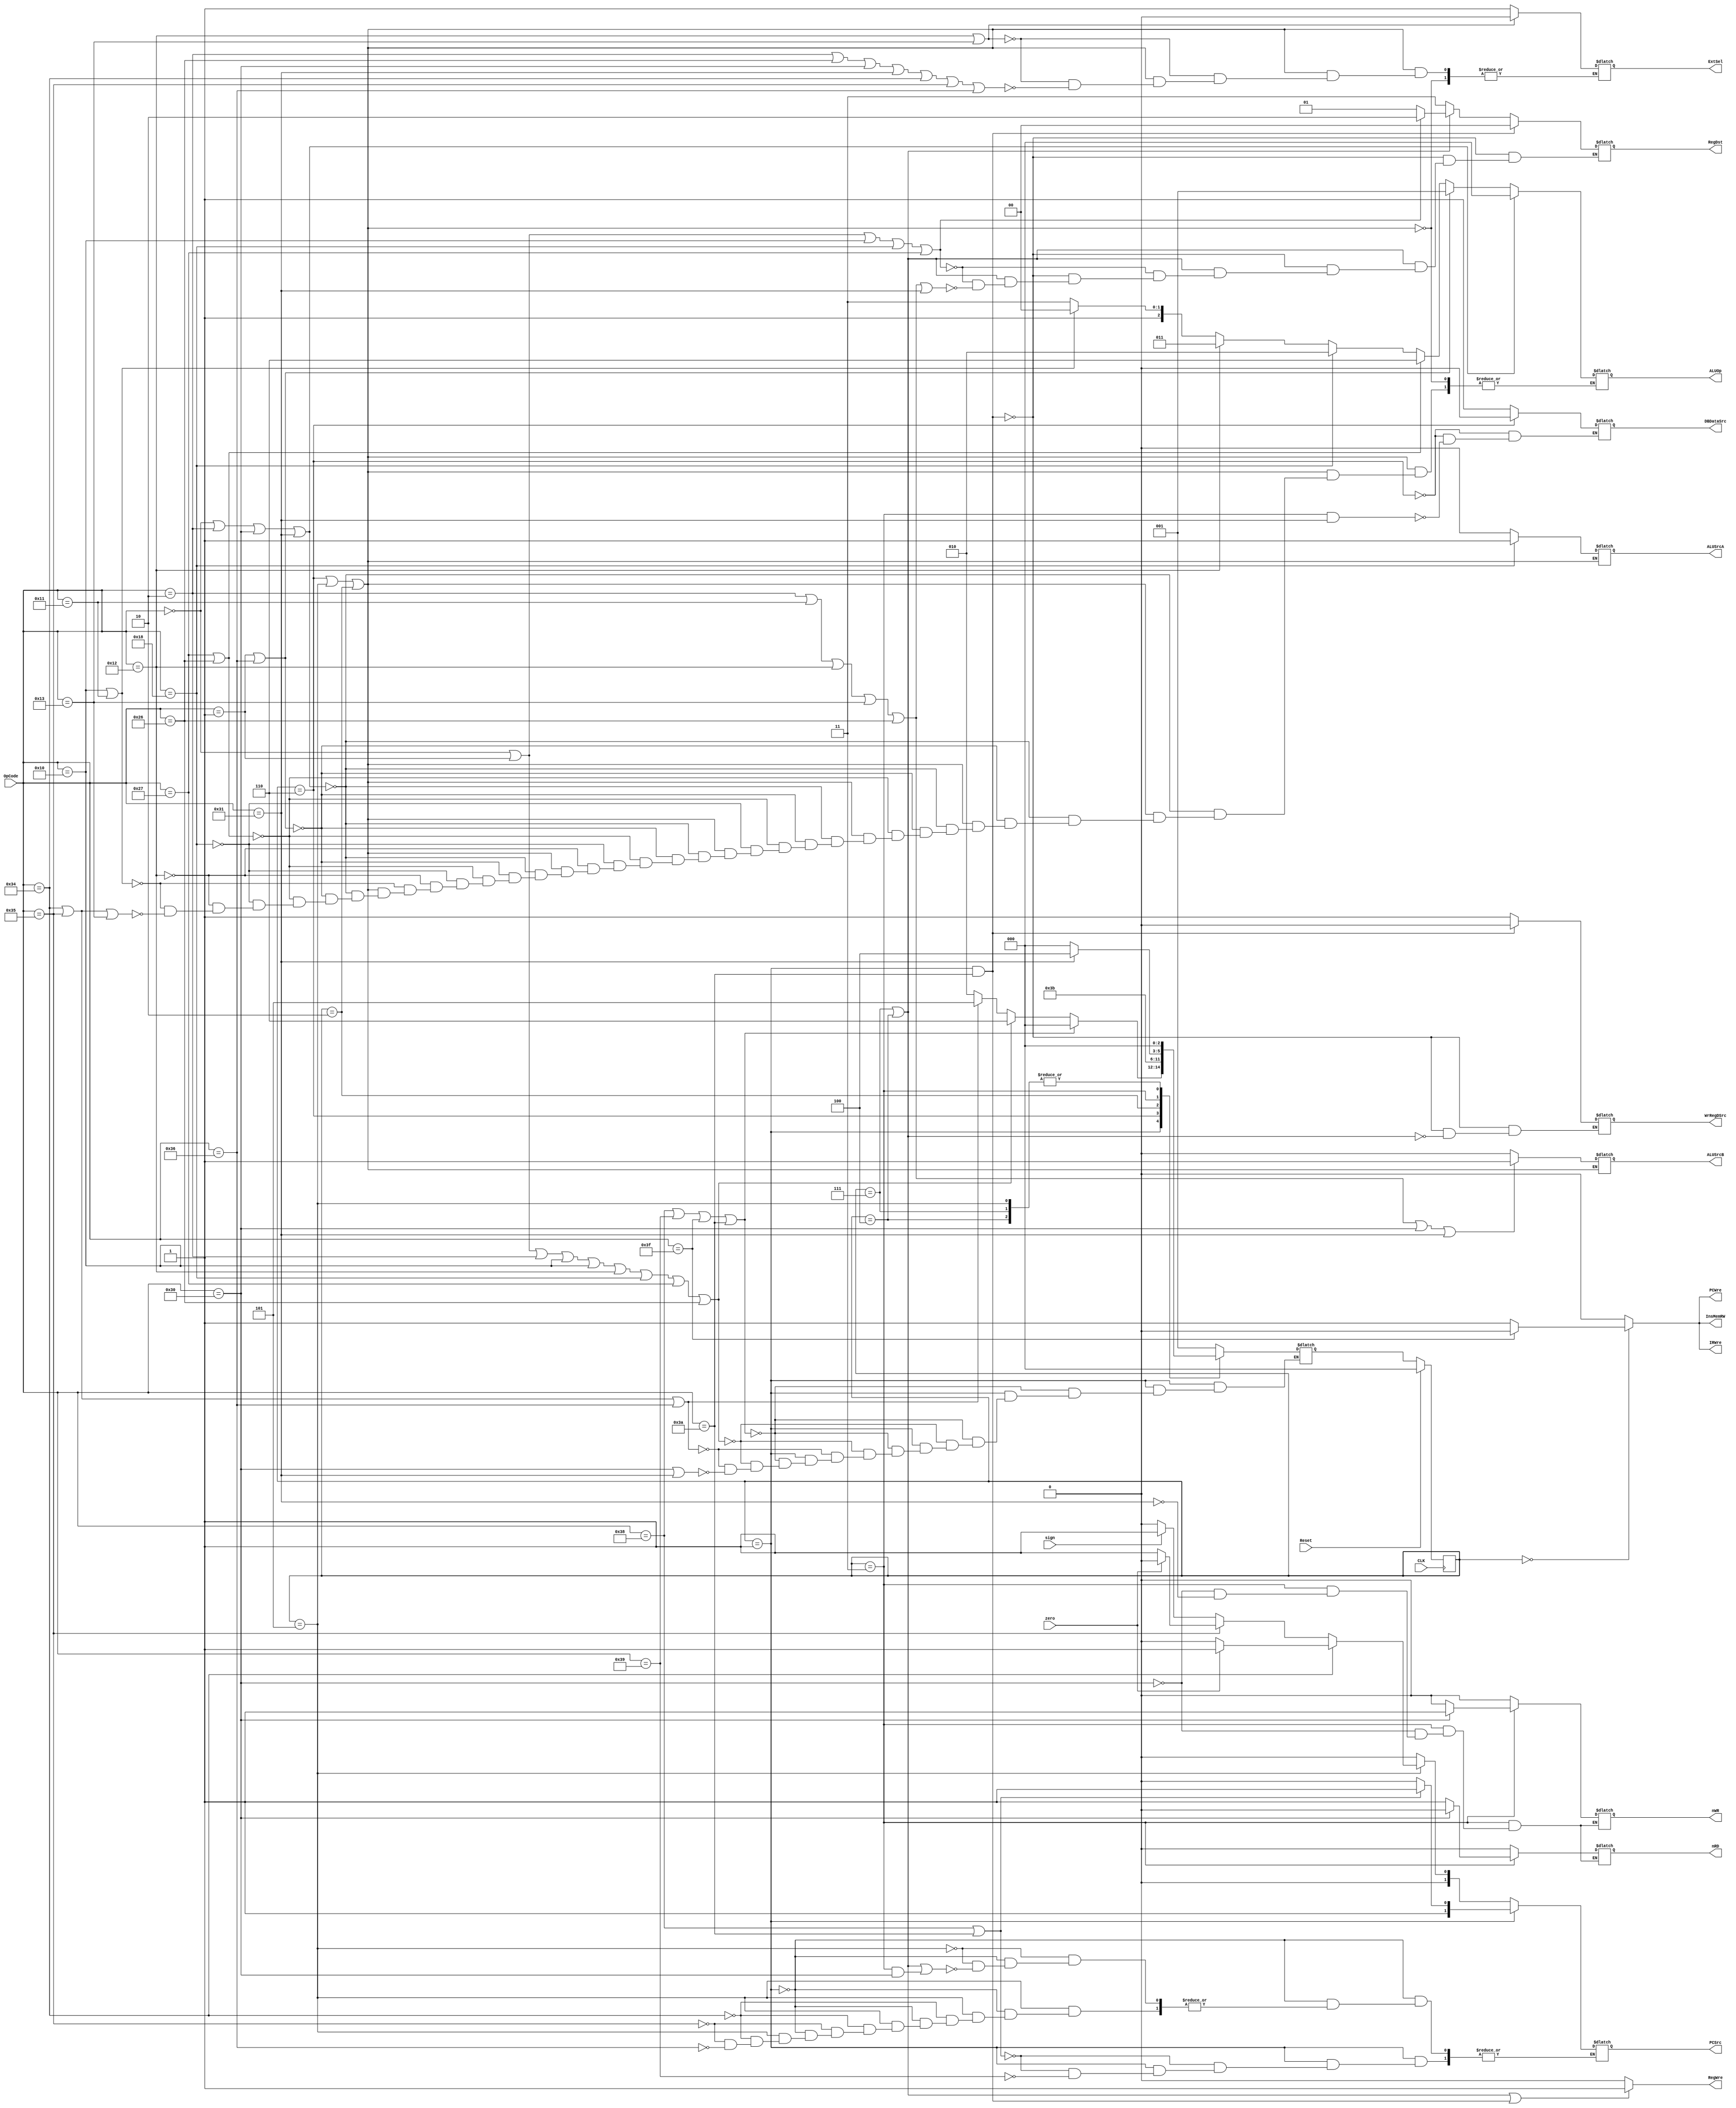
`timescale 1ns / 1ps
//////////////////////////////////////////////////////////////////////////////////
// Company: 
// Engineer: 
// 
// Design Name: 
// Module Name: CU
// Project Name: 
// Target Devices: 
// Tool Versions: 
// Description: 
// 
// Dependencies: 
// 
// Revision:
// Revision 0.01 - File Created
// Additional Comments:
// 
//////////////////////////////////////////////////////////////////////////////////



module CU(CLK, Reset, OpCode, sign, zero, PCWre, ExtSel, InsMemRW, IRWre, WrRegDSrc,
			RegDst, RegWre, DBDataSrc, nWR, nRD, ALUSrcB, ALUSrcA, PCSrc, ALUOp);
			
	input CLK, Reset;
	input [5:0] OpCode;
	input sign, zero;
	
	output reg PCWre, ExtSel, InsMemRW, IRWre, WrRegDSrc;
	output reg [1:0] RegDst;
	output reg RegWre, DBDataSrc, nWR, nRD, ALUSrcB, ALUSrcA;
	output reg [1:0] PCSrc;
	output reg [2:0] ALUOp;

    // 
    parameter [5:0] add = 6'b000000,
                    sub = 6'b000001,
                    addiu = 6'b000010,
                    Or = 6'b010000,
                    And = 6'b010000,
                    ori = 6'b010010,
                    andi = 6'b010001,
                    xori = 6'b010011,
                    sll = 6'b011000,
                    slt = 6'b100111,
                    slti = 6'b100110,
                    sw = 6'b110000,
                    lw = 6'b110001,
                    beq = 6'b110100,
                    bne = 6'b110101,
                    //bgtz = 
                    bltz = 6'b110110,
                    j = 6'b111000,  
                    jr = 6'b111001,
                    jal = 6'b111010,
                    halt = 6'b111111;

    // 
    parameter [2:0] sIF = 3'b000, 
					sID = 3'b001, 
					aEXE = 3'b110,
					bEXE = 3'b101,
					cEXE = 3'b010,
					aWB = 3'b111,
					cWB = 3'b100, 
					cMEM = 3'b011;

    reg [2:0] curState, nextState;
    
    always@(negedge CLK) begin  // 
        if(Reset)
            curState <= sIF;
        else
            curState <= nextState;
    end
    
    always@(curState or OpCode) begin  // nextStateCPU
        case(curState)
            sIF: nextState = sID;
            sID: begin
                    if(OpCode == j || OpCode == jr || OpCode == halt || OpCode == jal)
                        nextState = sIF;
                    else if(OpCode == add || OpCode == sub || OpCode == addiu || OpCode == Or ||
						OpCode == And || OpCode == ori || OpCode == sll || OpCode ==slt ||
						OpCode == slti)
						nextState = aEXE;
					else if(OpCode == beq || OpCode == bne || OpCode == bltz)
					    nextState = bEXE;
					else if(OpCode == sw || OpCode == lw)
                        nextState = cEXE;
                 end
		    aEXE: nextState = aWB;
		    bEXE: nextState = sIF;
		    cEXE: nextState = cMEM;
            aWB: nextState = sIF;
            cMEM: begin
                      if(OpCode == lw)
                          nextState = cWB; // lw  
                      else
                          nextState = sIF; // sw  
                  end
            cWB: nextState = sIF;
            default: nextState = sIF;
        endcase
    end
    
    always @(curState or OpCode or zero or sign) begin
        // PCWre, InsMemRW, IRWre
        if(curState == sIF /*&& OpCode != halt*/) begin
            //,
            if(OpCode == halt) begin
                PCWre = 0; InsMemRW = 0; IRWre = 0;
            end
            else begin
                PCWre = 1; InsMemRW = 1; IRWre = 1;
            end
        end
        else begin
            PCWre = 0; InsMemRW = 0; IRWre = 0;
        end
        
        // ExtSel  
        if(curState == aEXE || curState == bEXE || curState == cEXE) begin
	        if(OpCode == ori || OpCode == ori || OpCode == xori)
	            ExtSel = 0;
	        else if(OpCode == addiu || OpCode == slti || OpCode == sw || OpCode == lw ||
					OpCode == beq || OpCode == bne || OpCode == bltz)
	            ExtSel = 1;  
        end
            
        // WrRegDSrc 
        if(curState == sID && OpCode == jal) WrRegDSrc = 0;
        else if(curState == aWB || curState == cWB)
	        WrRegDSrc = 1;  
        
        // RegDst 
        if(curState == sID && OpCode == jal) RegDst = 2'b00;
        else if(curState == aWB || curState == cWB) begin
            if(OpCode == add || OpCode == sub ||
				OpCode == And || OpCode == sll || OpCode == slt)
				RegDst = 2'b10;
			else if(OpCode == addiu || OpCode == andi || OpCode == ori || OpCode == xori || 
			         OpCode == slti || OpCode == lw)
				RegDst = 2'b01;
			//else if(OpCode == jal) RegDst = 2'b00;
        end
        else RegDst = 2'b11;
            
        // RegWre  
        if(curState == aWB || curState == cWB || (curState == sID && OpCode == jal))
            RegWre = 1;  
        else
            RegWre = 0;  
        
        // DBDataSrc  
        if(curState == aEXE) begin
				DBDataSrc = 0;
        end
        else if(curState == cMEM && OpCode == lw)
            DBDataSrc = 1; 
        
        
        //nRD, nWR 
        if(curState == cMEM) begin
        	if(OpCode == sw) begin
            	nWR = 1; nRD = 0; 
            end
			else if(OpCode == lw) begin
            	nWR = 0; nRD = 1; 
            end
		end	 
        else begin
            nWR = 0; nRD = 0;
        end
        
        // ALUSrcB 
		if(curState == aEXE || curState == bEXE || curState == cEXE) begin 
	        if(OpCode == addiu || OpCode == andi || OpCode == ori || OpCode == xori || OpCode == slti || OpCode == sw || OpCode == lw)
	            ALUSrcB = 1;  
	        else
	            ALUSrcB = 0;
        end
        
        
        if(curState == aEXE || curState == bEXE || curState == cEXE) begin
	        if(OpCode == sll)
	            ALUSrcA = 1;  
	        else
	            ALUSrcA = 0;
        end
        
        // PCSrc  
        if(curState == sID) begin
        	if(OpCode == j || OpCode == jal)
        		PCSrc = 2'b11;
        	else if(OpCode == jr)
        		PCSrc = 2'b10;
        end
        else if(curState == bEXE) begin
        	if(OpCode == beq)
        		PCSrc = (zero == 0 ? 2'b00 : 2'b01);
        	else if(OpCode == bne)
        		PCSrc = (zero == 0 ? 2'b01 : 2'b00);
        	else if(OpCode == bltz) begin
        		if(sign == 1)
        			PCSrc = 2'b01;
        		else PCSrc = 2'b00;
        	end
        end
        else if( (curState == aWB||curState == cWB) || (curState == cMEM && OpCode == sw))
        	PCSrc = 2'b00;
        //else if(curState == sWB && OpCode == jal)
        	//PCSrc = 2'b11;
        
        // ALUOp 
		if(curState == aEXE || curState == bEXE || curState == cEXE) begin
			if(OpCode == add || OpCode == addiu || OpCode == sw || OpCode == lw)
				ALUOp = 3'b000;//a+b
			else if(OpCode == sub || OpCode == bltz)
				ALUOp = 3'b001;//a-b
			else if(OpCode == slt || OpCode == slti)
				ALUOp = 3'b110; // 
			else if(OpCode == sll)
				ALUOp = 3'b010; // B << A
			else if(OpCode == ori)
				ALUOp = 3'b011;//b|A
			else if(OpCode == And || OpCode == andi)
				ALUOp = 3'b100;//B&A
			else if(OpCode == beq || OpCode == bne|| OpCode == xori)
				ALUOp = 3'b111;//a^b
		end
    end  
endmodule